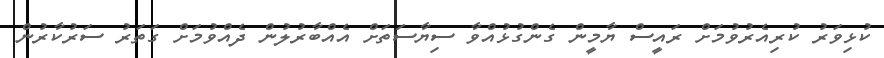
ކުޅިވަރު ކުރިއެރުވުމަށް ރައީސް ޔާމީން ގެންގުޅުއްވާ ސިޔާސަތަށް އެއްބާރުލުން ދެއްވުމަށް ގަތަރު ސަރުކާރުން